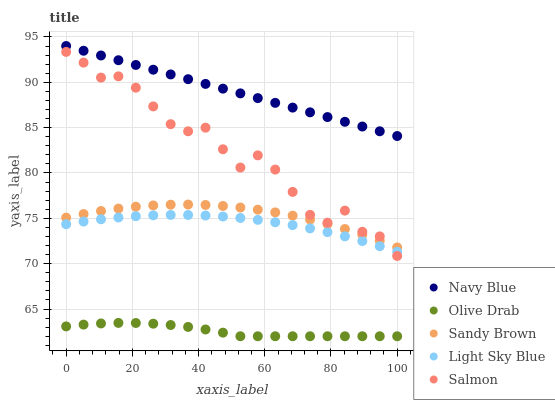
| xaxis_label | Navy Blue | Olive Drab | Sandy Brown | Light Sky Blue | Salmon |
 | --- | --- | --- | --- | --- | --- |
 | 0 | 94 | 63.1 | 75.1 | 74.4 | 93.4 |
 | 5.26 | 93.5 | 63.3 | 75.5 | 74.7 | 92.2 |
 | 10.5 | 93 | 63.4 | 75.8 | 74.9 | 90.5 |
 | 15.8 | 92.4 | 63.5 | 76.1 | 75.1 | 90.7 |
 | 21.1 | 91.9 | 63.5 | 76.3 | 75.2 | 89.4 |
 | 26.3 | 91.4 | 63.4 | 76.4 | 75.3 | 87.3 |
 | 31.6 | 90.9 | 63.2 | 76.5 | 75.4 | 85.4 |
 | 36.8 | 90.3 | 63 | 76.5 | 75.4 | 84.6 |
 | 42.1 | 89.8 | 62.7 | 76.5 | 75.3 | 85 |
 | 47.4 | 89.3 | 62.4 | 76.4 | 75.2 | 82.6 |
 | 52.6 | 88.8 | 62 | 76.2 | 75 | 80.6 |
 | 57.9 | 88.3 | 62 | 76 | 74.8 | 81.9 |
 | 63.2 | 87.7 | 62 | 75.7 | 74.6 | 80.4 |
 | 68.4 | 87.2 | 62 | 75.3 | 74.3 | 77.9 |
 | 73.7 | 86.7 | 62 | 74.9 | 73.9 | 75.4 |
 | 78.9 | 86.2 | 62 | 74.4 | 73.5 | 74.5 |
 | 84.2 | 85.6 | 62 | 73.8 | 73 | 75.9 |
 | 89.5 | 85.1 | 62 | 73.2 | 72.5 | 73.5 |
 | 94.7 | 84.6 | 62 | 72.5 | 71.9 | 73 |
 | 100 | 84.1 | 62 | 71.8 | 71.3 | 70.9 |